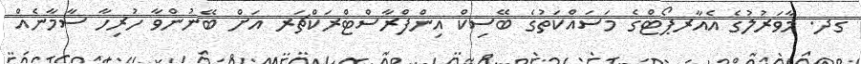
ގދ. މާވަރުލުގެ އެއާރޕޯޓްގެ މަސައްކަތުގެ ބޭސިކް އިންފްރާސްޓްރަކްޗަރ އަށް ބޭނުންވާ ހުރިހާ ސާމާނެއް